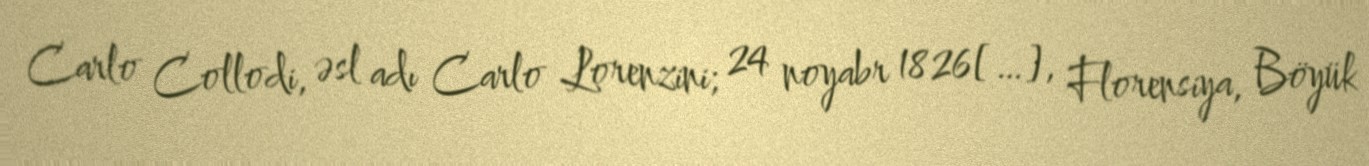
Carlo Collodi, əsl adı Carlo Lorenzini; 24 noyabr 1826[…], Florensiya, Böyük